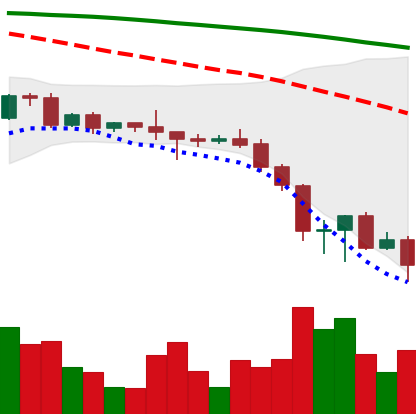
Ticker: BNB-USD
Chart end date: 2022-06-18
Forward return: 16.195%
Label: up_7plus